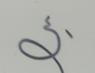
Signature authenticity: forged